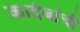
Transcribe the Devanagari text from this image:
कादंबांची